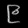
Digit: ၉